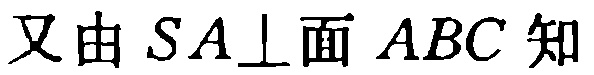
又由\(SA\perp\)面 \(ABC\)知